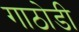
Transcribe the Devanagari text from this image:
गाठोडी